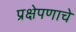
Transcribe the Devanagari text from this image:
प्रक्षेपणाचे